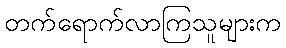
တက်ရောက်လာကြသူများက